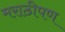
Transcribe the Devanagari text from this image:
मराठीपण